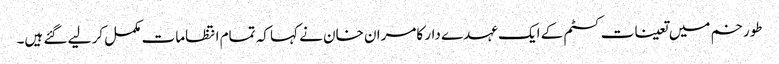
طورخم میں تعینات کسٹم کے ایک عہدے دار کامران خان نے کہا کہ تمام انتظامات مکمل کر لیے گئے ہیں۔